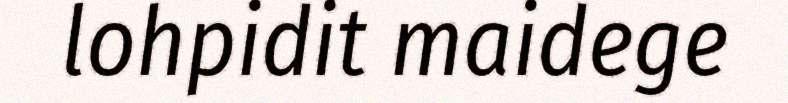
lohpidit maidege